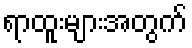
ရာထူးများအတွက်